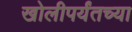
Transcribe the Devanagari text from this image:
खोलीपर्यंतच्या